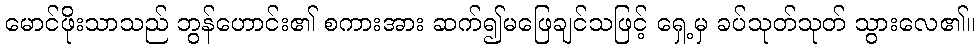
မောင်ဖိုးသာသည် ဘွန်ဟောင်း၏ စကားအား ဆက်၍မဖြေချင်သဖြင့် ရှေ့မှ ခပ်သုတ်သုတ် သွားလေ၏။